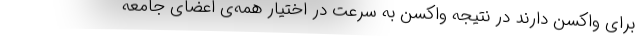
برای واکسن دارند در نتیجه واکسن به سرعت در اختیار همه‌ی اعضای جامعه